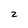
Character: 2